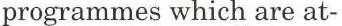
programmes which are at-